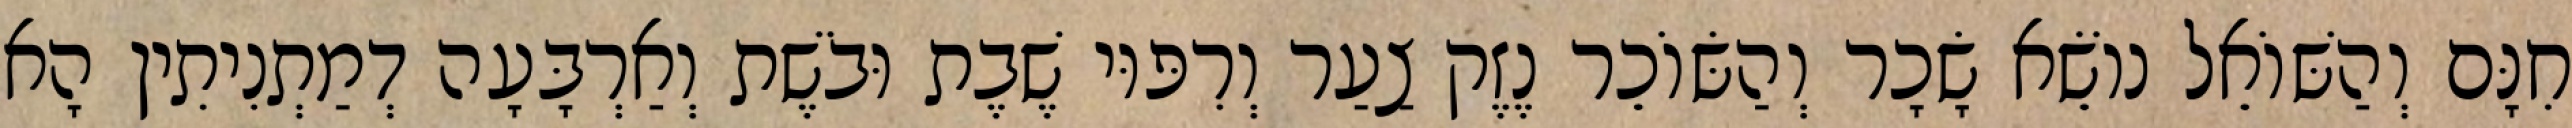
חִנָּם וְהַשּׁוֹאֵל נוֹשֵׂא שָׂכָר וְהַשּׂוֹכֵר נֶזֶק צַעַר וְרִפּוּי שֶׁבֶת וּבֹשֶׁת וְאַרְבָּעָה דְמַתְנִיתִין הָא